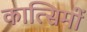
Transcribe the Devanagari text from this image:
कात्सिमों